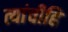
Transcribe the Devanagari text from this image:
त्यांचीहि